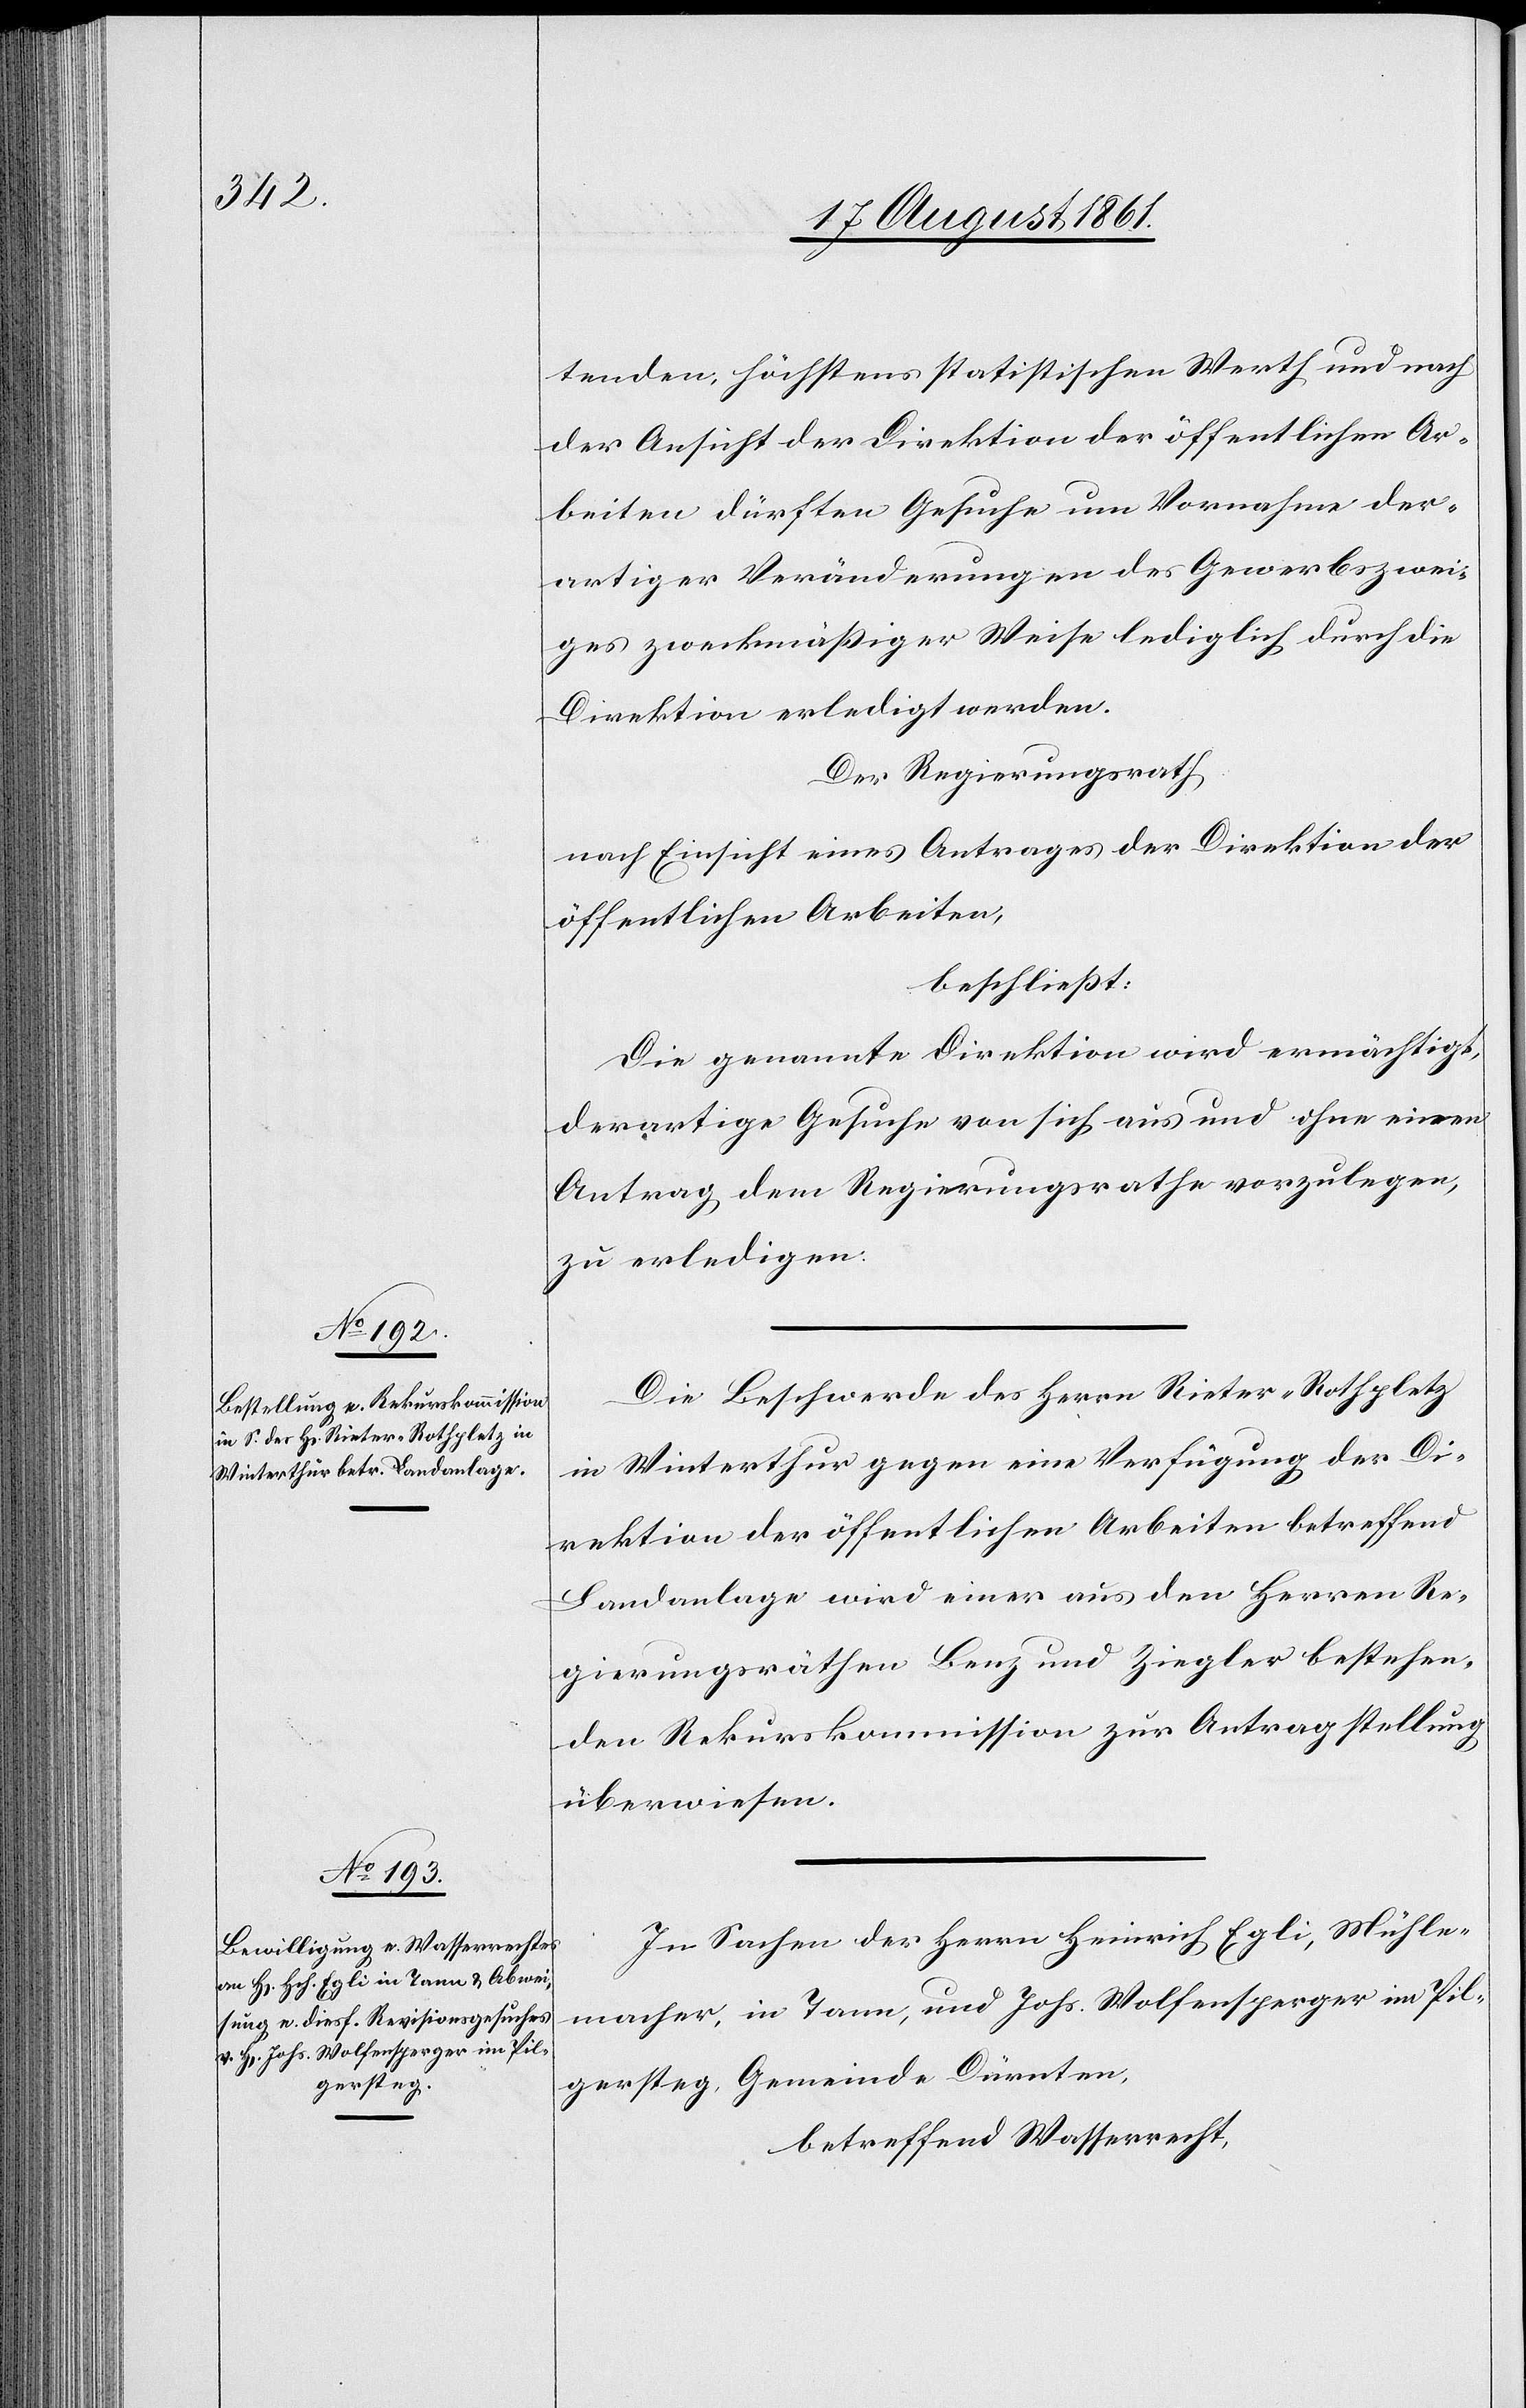
tenden, höchstens statistischen Werth und nach
der Ansicht der Direktion der öffentlichen Ar¬
beiten dürften Gesuche um Vornahme der¬
artiger Veränderungen des Gewerbszwei¬
ges zweckmäßiger Weise lediglich durch die
Direktion erledigt werden.
Der Regierungsrath,
nach Einsicht eines Antrages der Direktion der
öffentlichen Arbeiten,
beschließt:
Die genannte Direktion wird ermächtigt,
derartige Gesuche von sich aus und ohne einen
Antrag dem Regierungsrathe vorzulegen,
zu erledigen.
Die Beschwerde des Herrn Rieter-Rothpletz
in Winterthur gegen eine Verfügung der Di¬
rektion der öffentlichen Arbeiten betreffend
Landanlage wird einer aus den Herren Re¬
gierungsräthen Benz und Ziegler bestehen¬
den Rekurskommission zur Antragstellung
überwiesen.
In Sachen des Herrn Heinrich Egli, Mühle¬
macher, in Tann, und Johs. Wolfensperger im Pil¬
gersteg, Gemeinde Dürnten,
betreffend Wasserrecht,